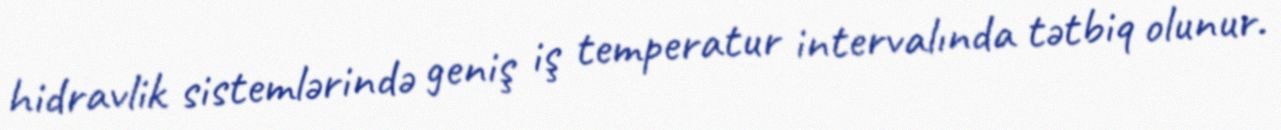
hidravlik sistemlərində geniş iş temperatur intervalında tətbiq olunur.